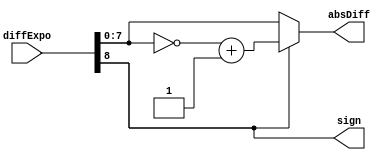
module signToUnsign9(input [8:0] diffExpo, output reg sign, output reg [7:0] absDiff);
	always @ (diffExpo)
	begin
		sign=diffExpo[8];
		absDiff=diffExpo[7:0];
		if (sign==1)
		begin
			absDiff=~absDiff+1;
		end
	end
endmodule